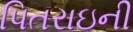
પિતરાઇની